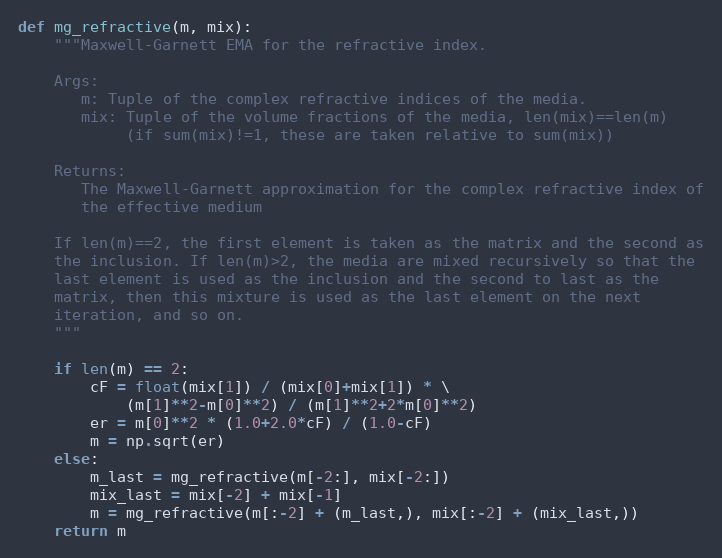
Language: Python
def mg_refractive(m, mix):
    """Maxwell-Garnett EMA for the refractive index.

    Args:
       m: Tuple of the complex refractive indices of the media.
       mix: Tuple of the volume fractions of the media, len(mix)==len(m)
            (if sum(mix)!=1, these are taken relative to sum(mix))

    Returns:
       The Maxwell-Garnett approximation for the complex refractive index of
       the effective medium

    If len(m)==2, the first element is taken as the matrix and the second as
    the inclusion. If len(m)>2, the media are mixed recursively so that the
    last element is used as the inclusion and the second to last as the
    matrix, then this mixture is used as the last element on the next
    iteration, and so on.
    """

    if len(m) == 2:
        cF = float(mix[1]) / (mix[0]+mix[1]) * \
            (m[1]**2-m[0]**2) / (m[1]**2+2*m[0]**2)
        er = m[0]**2 * (1.0+2.0*cF) / (1.0-cF)
        m = np.sqrt(er)
    else:
        m_last = mg_refractive(m[-2:], mix[-2:])
        mix_last = mix[-2] + mix[-1]
        m = mg_refractive(m[:-2] + (m_last,), mix[:-2] + (mix_last,))
    return m